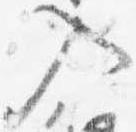
入